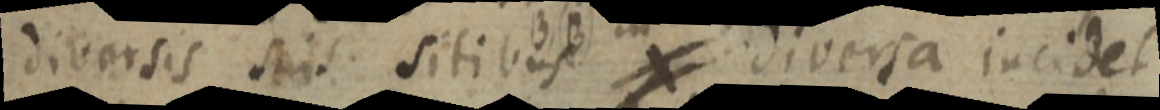
diversis suis sitibus ≠ diversa incidet